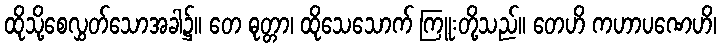
ထိုသို့စေလွှတ်သောအခါ၌။ တေ ဓုတ္တာ၊ ထိုသေသောက် ကြူးတို့သည်။ တေဟိ ကဟာပဏေဟိ၊